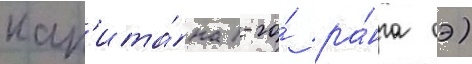
кап'ита́на 1-го́ ра́нга оэ)